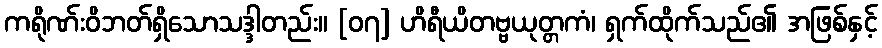
ကရိုဏ်းဝိဘတ်ရှိသောသဒ္ဒါတည်း။ [၀၇] ဟိရီယိတဗ္ဗယုတ္တကံ၊ ရှက်ထိုက်သည်၏ အဖြစ်နှင့်